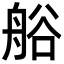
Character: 𮎐